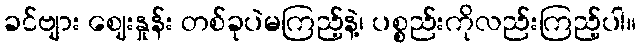
ခင်ဗျား ဈေးနှုန်း တစ်ခုပဲမကြည့်နဲ့၊ ပစ္စည်းကိုလည်းကြည့်ပါ။